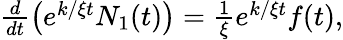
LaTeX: \begin{array}{r}{\frac{d}{dt}\left(e^{k/\xi t}N_{1}(t)\right)=\frac{1}{\xi}e^{k/\xi t}f(t),}\end{array}